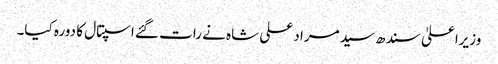
وزیراعلیٰ سندھ سید مراد علی شاہ نے رات گئے اسپتال کا دورہ کیا۔